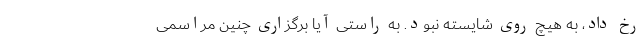
رخ داد، به هیچ روی شایسته نبود. به راستی آیا برگزاری چنین مراسمی